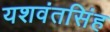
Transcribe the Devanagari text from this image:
यशवंतसिंह